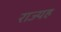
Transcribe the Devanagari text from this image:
राज्यह